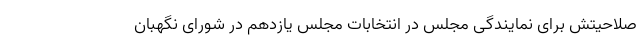
صلاحیتش برای نمایندگی مجلس در انتخابات مجلس یازدهم در شورای نگهبان